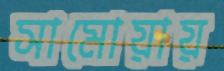
সামোয়ায়